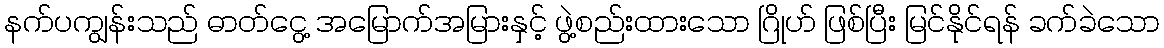
နက်ပကျွန်းသည် ဓာတ်ငွေ့ အမြောက်အမြားနှင့် ဖွဲ့စည်းထားသော ဂြိုဟ် ဖြစ်ပြီး မြင်နိုင်ရန် ခက်ခဲသော